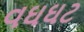
વઘઘટ